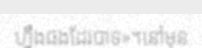
ហ្នឹងផងដែរបាទ»។នៅមុន